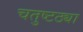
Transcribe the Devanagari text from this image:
चतुष्टठ्या